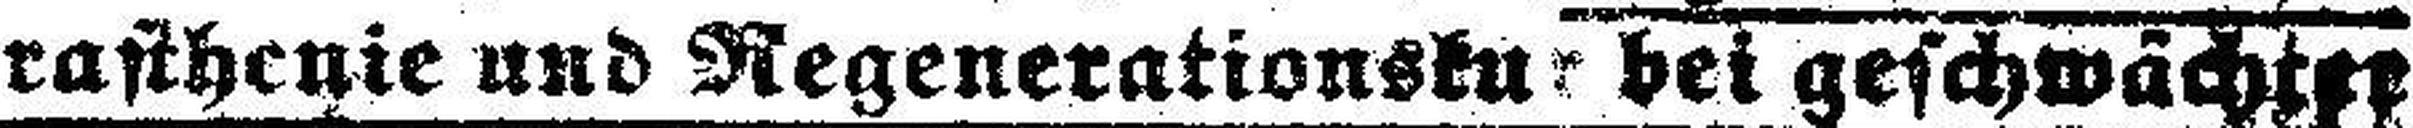
rasthenie und Regenerationskur bei geschwächter